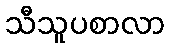
သီသူပစာလာ